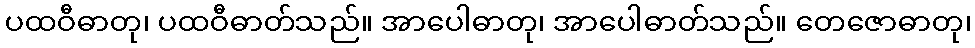
ပထဝီဓာတု၊ ပထဝီဓာတ်သည်။ အာပေါဓာတု၊ အာပေါဓာတ်သည်။ တေဇောဓာတု၊